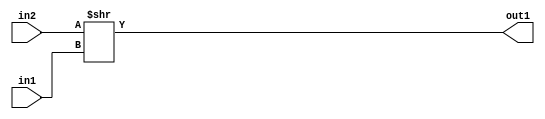
`timescale 1ps / 1ps
/*****************************************************************************
    Verilog RTL Description
    
    
    Created by: CellMath Designer 2019.1.01 
*******************************************************************************/

module float2fix_RightShift_32Ux5U_32U_4_0 (
	in2,
	in1,
	out1
	); /* architecture "behavioural" */ 
input [31:0] in2;
input [4:0] in1;
output [31:0] out1;
wire [31:0] asc001;

assign asc001 = in2 >> in1;

assign out1 = asc001;
endmodule

/* CADENCE  ubLxTAs= : u9/ySgnWtBlWxVPRXgAZ4Og= ** DO NOT EDIT THIS LINE ******/